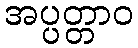
အပ္ပတ္တာဝ